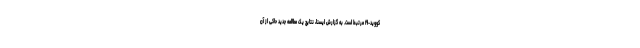
کووید-۱۹ مرتبط است. به گزارش ایسنا، نتایج یک مطالعه جدید حاکی از آن